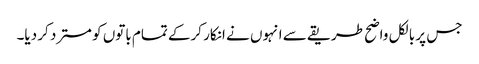
جس پر بالکل واضح طریقے سے انہوں نے انکار کرکے تمام باتوں کو مسترد کر دیا۔